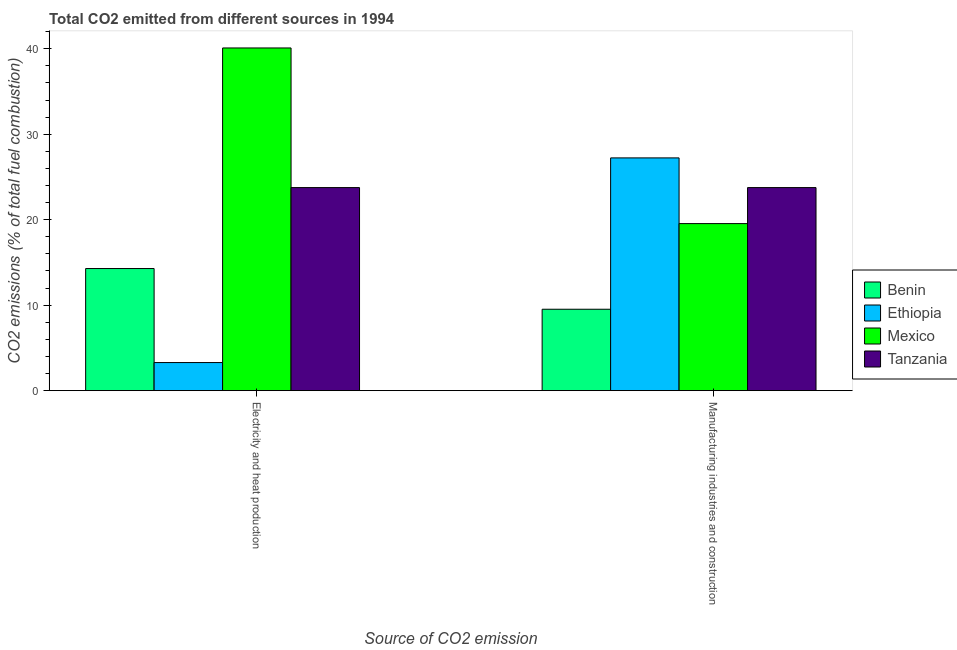
| Source of CO2 emission | Benin | Ethiopia | Mexico | Tanzania |
 | --- | --- | --- | --- | --- |
 | Electricity and heat production | 14.3 | 3.29 | 40.1 | 23.8 |
 | Manufacturing industries and construction | 9.52 | 27.2 | 19.5 | 23.8 |